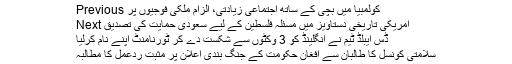
Previous کولمبیا میں بچی کے ساتھ اجتماعی زیادتی، الزام ملکی فوجیوں پر
Next امریکی تاریخی دستاویز میں مسئلہ فلسطین کے لیے سعودی حمایت کی تصدیق
ڈس ایبلڈ ٹیم نے انگلینڈ کو 3 وکٹوں سے شکست دے کر ٹورنامنٹ اپنے نام کرلیا
سلامتی کونسل کا طالبان سے افغان حکومت کے جنگ بندی اعلان پر مثبت ردعمل کا مطالبہ